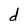
Character: d